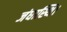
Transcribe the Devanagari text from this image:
जंघास्थि।